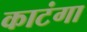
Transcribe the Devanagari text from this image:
काटंगा